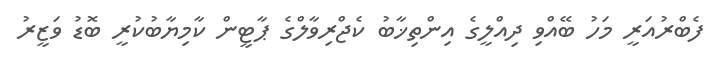
ފެބްރުއަރީ މަހު ބޭއްވި ދިއްލީގެ އިންތިޚާބު ކެޖްރިވާލްގެ ޕާޓީން ކާމިޔާބުކުރީ ބޮޑު ވަޒީރު